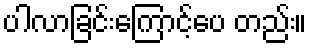
ပါလာခြင်းကြောင့်ပေ တည်း။